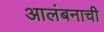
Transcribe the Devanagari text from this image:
आलंबनाची